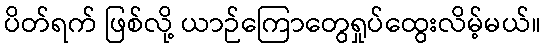
ပိတ်ရက် ဖြစ်လို့ ယာဉ်ကြောတွေရှုပ်ထွေးလိမ့်မယ်။